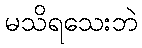
မသိရသေးဘဲ